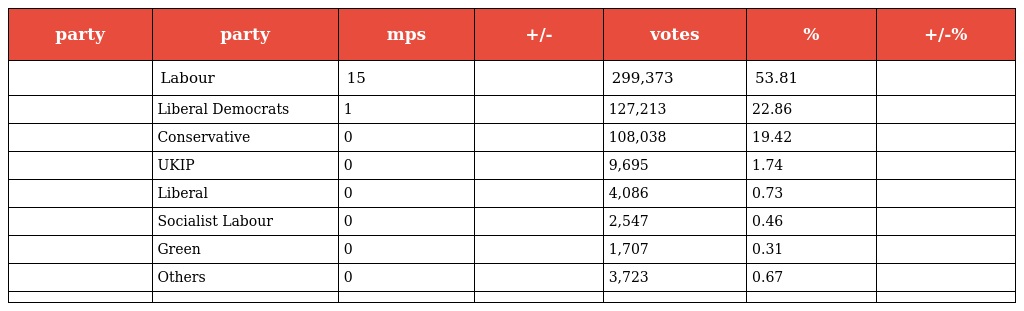
| party | party | mps | +/- | votes | % | +/-% |
 | --- | --- | --- | --- | --- | --- | --- |
 |  | Labour | 15 |  | 299,373 | 53.81 |  |
 |  | Liberal Democrats | 1 |  | 127,213 | 22.86 |  |
 |  | Conservative | 0 |  | 108,038 | 19.42 |  |
 |  | UKIP | 0 |  | 9,695 | 1.74 |  |
 |  | Liberal | 0 |  | 4,086 | 0.73 |  |
 |  | Socialist Labour | 0 |  | 2,547 | 0.46 |  |
 |  | Green | 0 |  | 1,707 | 0.31 |  |
 |  | Others | 0 |  | 3,723 | 0.67 |  |
 |  |  |  |  |  |  |  |